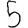
Digit: 5